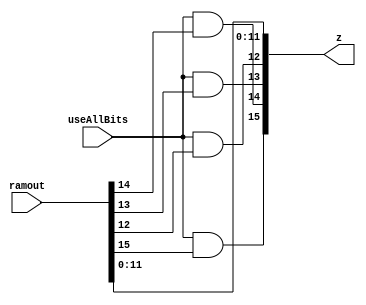
module addzero(
input [15:0] ramout,
input useAllBits,
output [15:0] z
);

//assign zero = 0;
//assign z[15:0] = useAllBits ? ramout : {zero,zero,zero,zero,ramout[11:0]};
assign z[15] = useAllBits & ramout[15];
assign z[14] = useAllBits & ramout[14];
assign z[13] = useAllBits & ramout[13];
assign z[12] = useAllBits & ramout[12];
assign z[11:0] = ramout[11:0];

endmodule